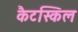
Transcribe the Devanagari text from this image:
कैटस्किल